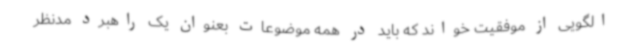
الگویی از موفقیت خواند که باید در همه موضوعات بعنوان یک راهبرد مدنظر